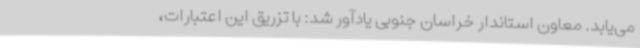
می‌یابد. معاون استاندار خراسان جنوبی یادآور شد: با تزریق این اعتبارات،